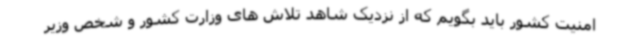
امنیت کشور باید بگویم که از نزدیک شاهد تلاش های وزارت کشور و شخص وزیر